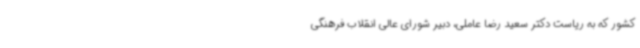
کشور که به ریاست دکتر سعید رضا عاملی، دبیر شورای عالی انقلاب فرهنگی